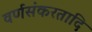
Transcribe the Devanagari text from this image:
वर्णसंकरतादि